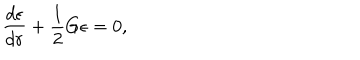
LaTeX: \frac { d \epsilon } { d r } + \frac { 1 } { 2 } G \epsilon = 0 ,